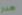
هدر